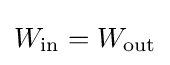
W_{\text{in}}=W_{\text{out}}